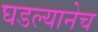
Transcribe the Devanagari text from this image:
घडल्यानेच